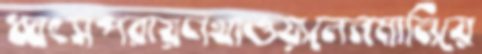
ধ্বংসপরায়ণখাওয়ালেনমানিয়ে